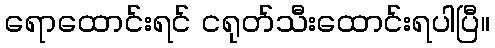
ရောထောင်းရင် ငရုတ်သီးထောင်းရပါပြီ။